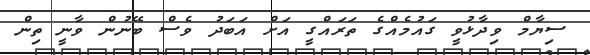
ސިޔާމް ވިދާޅުވީ ގައުމެއްގެ ތަރައްގީ އަށް އަބަދު ވެސް ބޭނުން ވާނީ ތިން